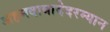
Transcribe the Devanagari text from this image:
अहमदाबादेदरम्यान